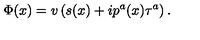
\Phi ( x ) = v \left( s ( x ) + i p ^ { a } ( x ) \tau ^ { a } \right) .